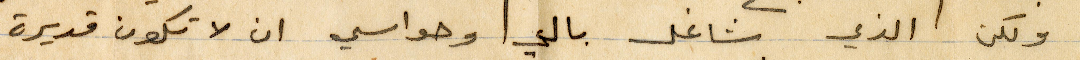
ولكن الذي شاغل بالي وحواسي ان لا تكون قديرة